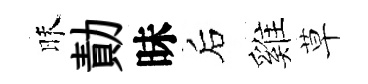
昧勣昧后雞草